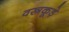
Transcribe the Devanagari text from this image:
वस्त्रकूड़े